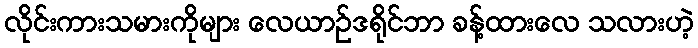
လိုင်းကားသမားကိုများ လေယာဉ်ဒရိုင်ဘာ ခန့်ထားလေ သလားဟဲ့